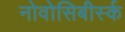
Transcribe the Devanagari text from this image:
नोवोसिबीर्स्क